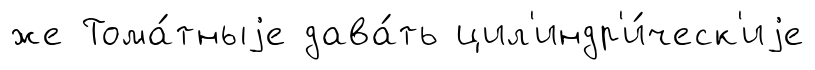
же Тома́тныjе дава́ть цил'индр'и́ческ'иjе